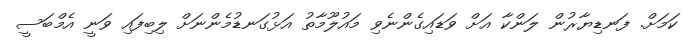
ކަމަށް. ފަނޑިޔާރުން ލަންކާ އަށް ވަޑައިގެންނެވި މައުލޫމާތު އަޅުގަނޑުމެންނަށް ލިބިފައި ވަނީ އެމްބަސީ